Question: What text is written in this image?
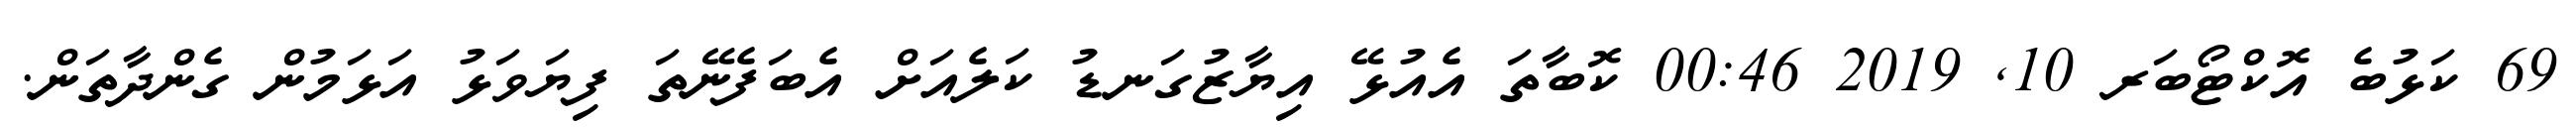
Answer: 69 ކަޅުބެ އޮކްޓޯބަރ 10, 2019 00:46 ކޮބާތަ އެއުޅޭ އިޔާޒުގަނޑު ކަލެއަށް އެބަފެނޭތަ ފިޔަވަޅު އަޅަމުން ގެންދާތަން.